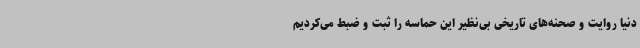
دنیا روایت و صحنه‌های تاریخی بی‌نظیر این حماسه را ثبت و ضبط می‌کردیم